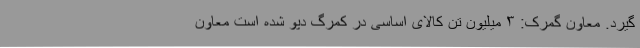
گیرد. معاون گمرک: ۳ میلیون تن کالای اساسی در کمرگ دپو شده است معاون